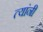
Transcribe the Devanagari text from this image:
त्‍यांंनी